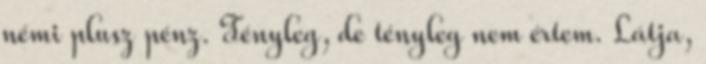
némi plusz pénz. Tényleg, de tényleg nem értem. Látja,